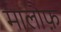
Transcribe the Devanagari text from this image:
मालौफ़